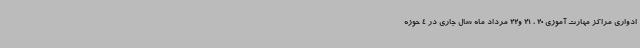
ادواری مراکز مهارت آموزی 20 ، 21 و22 مرداد ماه سال جاری در 4 حوزه